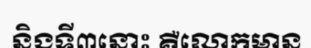
និងទី៣នោះ គឺលោកមាន